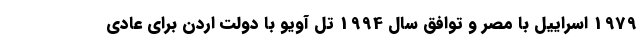
1979 اسراییل با مصر و توافق سال 1994 تل آویو با دولت اردن برای عادی